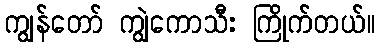
ကျွန်တော် ကျွဲကောသီး ကြိုက်တယ်။